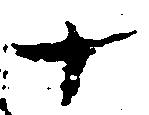
十